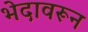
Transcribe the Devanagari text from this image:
भेदावरून